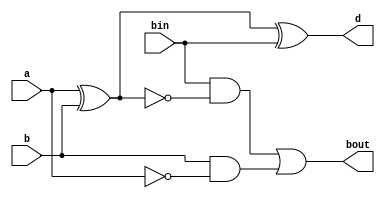
module fs (d, bout, a, b, bin);

input a, b, bin;
output d, bout;
wire w0, w1, w2, w3, w4;

xor x1(w0, a, b);
not n1(w1, a);
and a1(w2, b, w1);
xor x2(d, w0, bin);
not n2(w3, w0);
and a2(w4, bin, w3);
or o1(bout, w4, w2);

endmodule

// Most. Sabrina Naorin Sumona
// ID 181472565

module testbench_fs;

reg a, b, bin;
wire d, bout;
fs f(d, bout, a, b, bin);
initial 
begin
a = 1'b0; b = 1'b0; bin = 1'b0;
#10; a = 1'b0; b = 1'b0; bin = 1'b1;
#10; a = 1'b0; b = 1'b1; bin = 1'b0;
#10; a = 1'b0; b = 1'b1; bin = 1'b1;
#10; a = 1'b1; b = 1'b0; bin = 1'b0;
#10; a = 1'b1; b = 1'b0; bin = 1'b1;
#10; a = 1'b1; b = 1'b1; bin = 1'b0;
#10; a = 1'b1; b = 1'b1; bin = 1'b1;
end

endmodule